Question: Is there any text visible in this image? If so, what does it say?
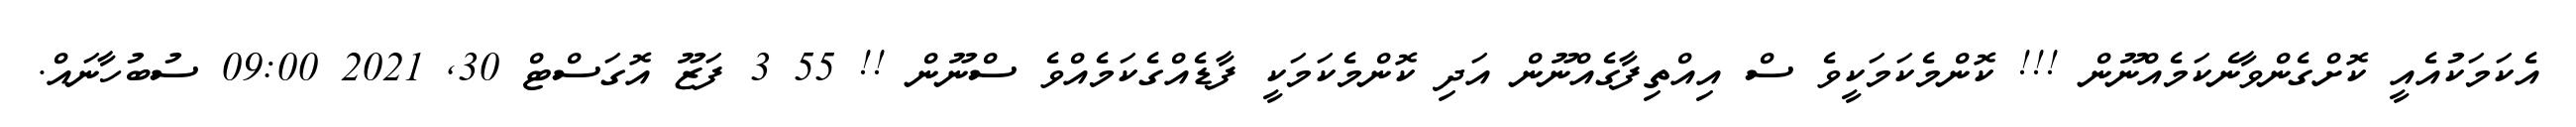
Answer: އެކަމަކުއެއީ ކޮށްގެންވާނެކަމެއްނޫން !!! ކޮންމެކަމަކީވެ ސް އިއްތިފާގެއްނޫން އަދި ކޮންމެކަމަކީ ފާޑެއްގެކަމެއްވެ ސްނޫން !! 55 3 ފަޒޫ އޮގަސްޓް 30, 2021 09:00 ސުބުހާނައް.